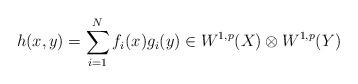
LaTeX: \begin{align*}h(x,y)=\sum_{i=1}^N f_i(x)g_i(y) \in W^{1,p}(X)\otimes W^{1,p}(Y)\end{align*}